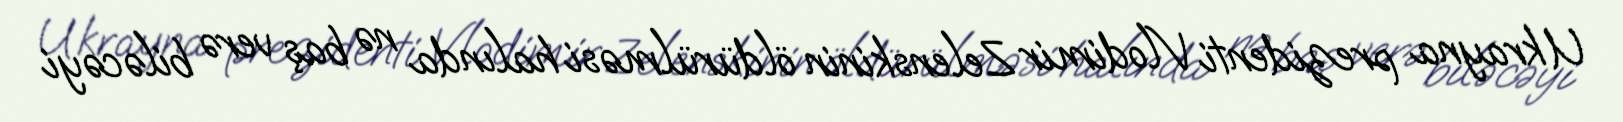
Ukrayna prezidenti Vlodimir Zelenskinin öldürülməsi halında nə baş verə biləcəyi